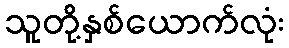
သူတို့နှစ်ယောက်လုံး